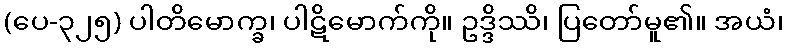
(ပေ-၃၂၅) ပါတိမောက္ခ၊ ပါဋိမောက်ကို။ ဥဒ္ဒိဿိ၊ ပြတော်မူ၏။ အယံ၊